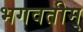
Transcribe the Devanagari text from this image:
भगवतीम्